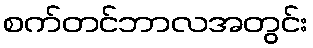
စက်တင်ဘာလအတွင်း